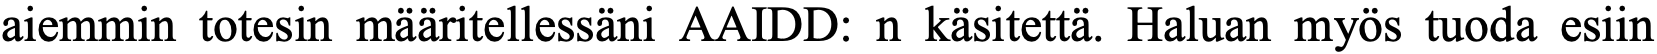
aiemmin totesin määritellessäni AAIDD: n käsitettä. Haluan myös tuoda esiin